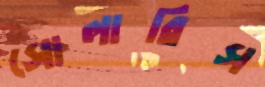
সোলারিস